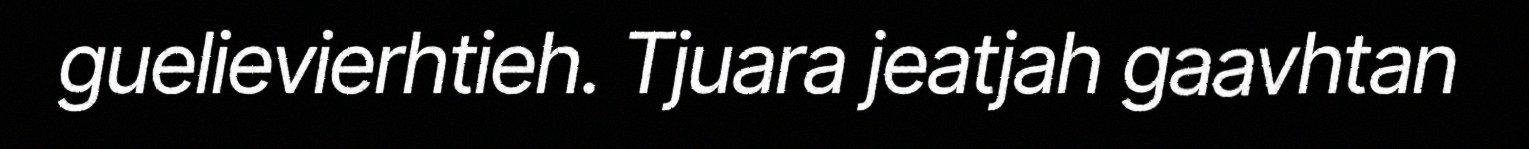
guelievierhtieh. Tjuara jeatjah gaavhtan